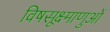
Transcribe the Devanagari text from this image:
विषसूक्ष्माणुओं